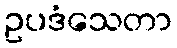
ဥပဒံသေတာ